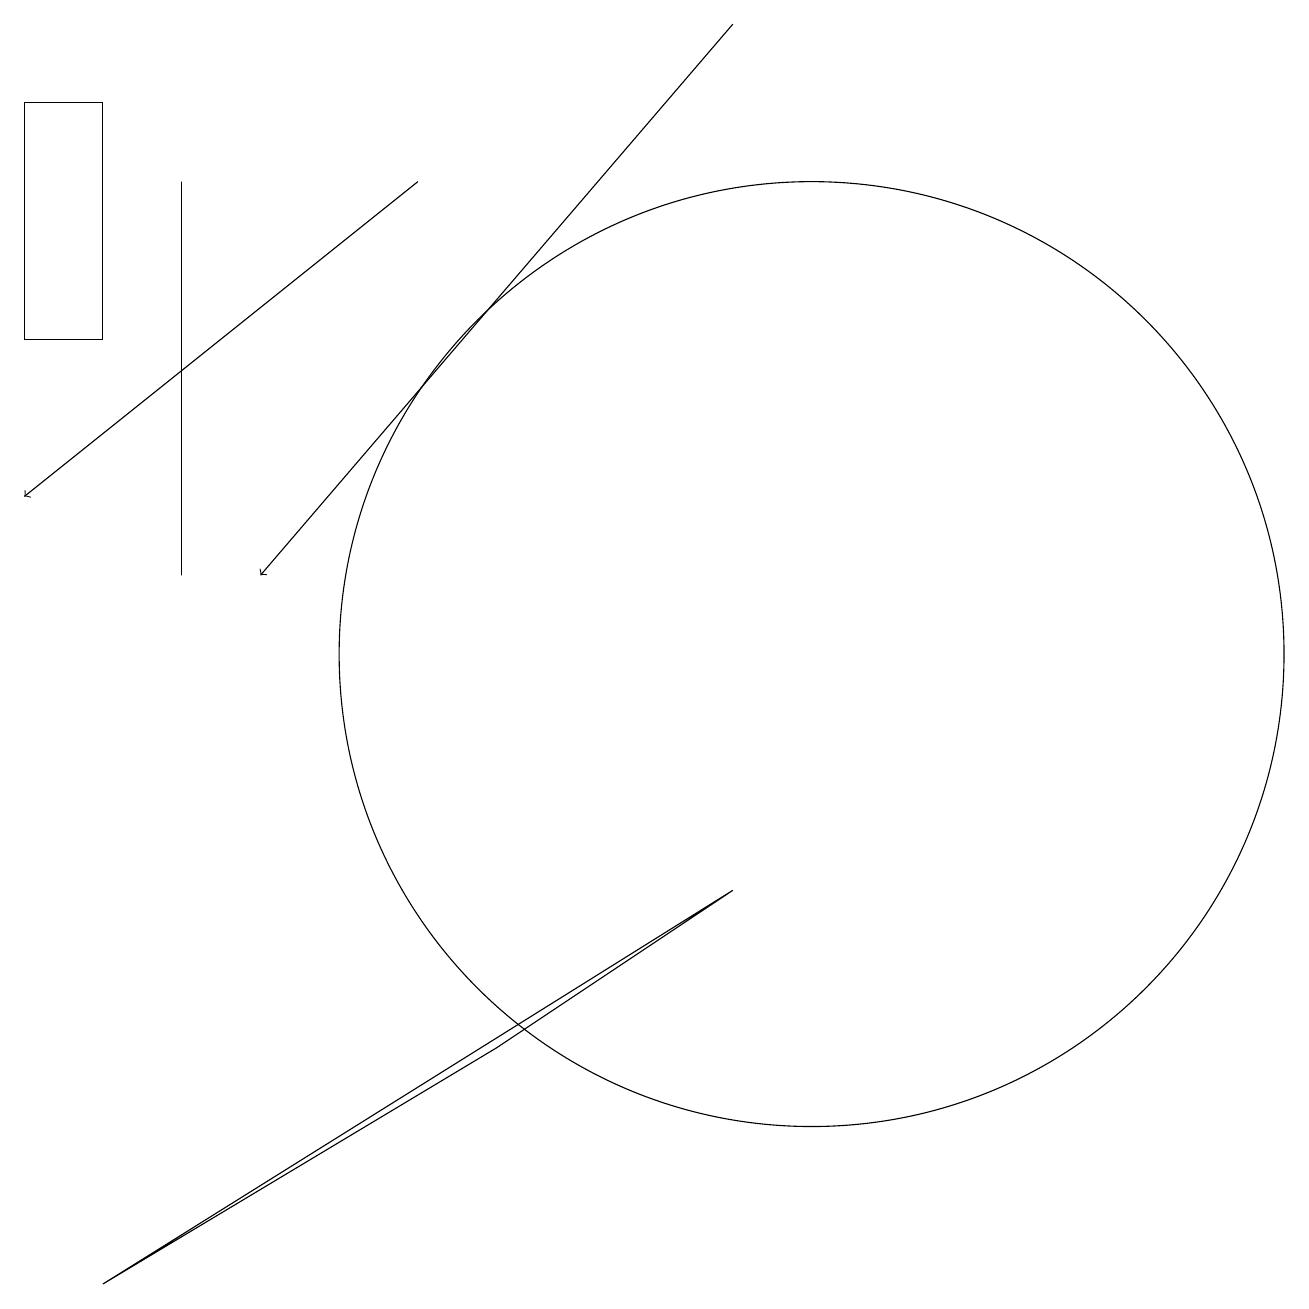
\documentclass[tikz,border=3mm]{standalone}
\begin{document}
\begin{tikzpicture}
\draw[->] (9,19) -- (3,12);
\draw (10,11) circle (6);
\draw (2,12) rectangle (2,17);
\draw (0,15) rectangle (1,18);
\draw (9,8) -- (1,3) -- (6,6) -- cycle;
\draw[->] (5,17) -- (0,13);
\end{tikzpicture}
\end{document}